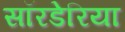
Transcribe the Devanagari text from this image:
सॉरडेरिया